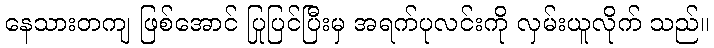
နေသားတကျ ဖြစ်အောင် ပြုပြင်ပြီးမှ အရက်ပုလင်းကို လှမ်းယူလိုက် သည်။